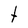
Character: t